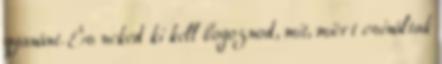
gya­nánt. És ne­ked ki kell bogoznod, mit, miért csináltak